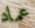
عماد